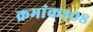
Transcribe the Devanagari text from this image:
क्रमांक३०८